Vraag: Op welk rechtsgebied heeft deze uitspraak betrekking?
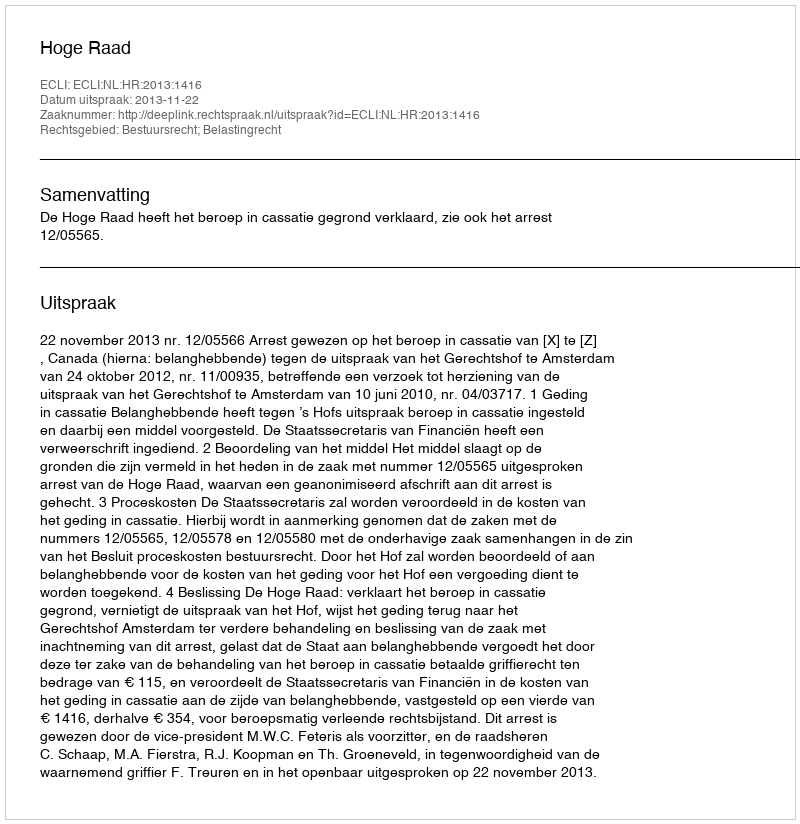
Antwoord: Bestuursrecht; Belastingrecht